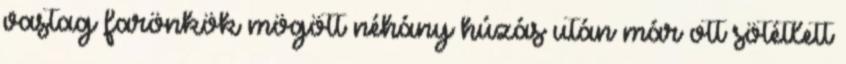
vastag farönkök mögött néhány húzás után már ott sötétlett